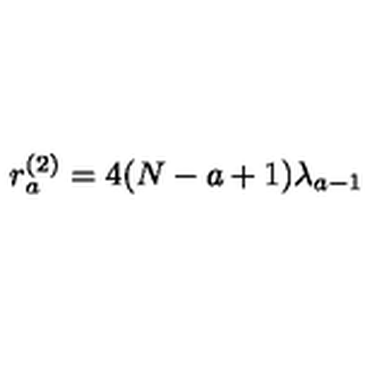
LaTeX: r _ { a } ^ { ( 2 ) } = 4 ( N - a + 1 ) \lambda _ { a - 1 }